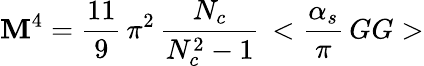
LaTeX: \mathbf{M}^{4}={\frac{{11}}{{9}}}\, \pi^{2}\, {\frac{{N_{c}}}{{N_{c}^{2}-1}}}\, <{{\frac{{\alpha_{s}}}{{\pi}}}\, GG}>